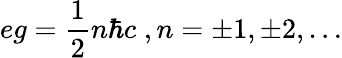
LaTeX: eg=\frac{1}{2}n\hbar c\; ,n=\pm 1,\pm 2,\dots